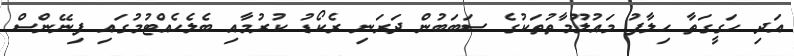
އަދި ހަގީގަތާ ހިލާފު މައުލޫމާތުތަކުގެ ސަބަބުން ދަރަނި ރެކޯޑު ކުރުމާއި ބެލެހެއްޓުމުގައި ފިނޭންސް